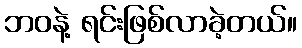
ဘဝနဲ့ ရင်းဖြစ်လာခဲ့တယ်။